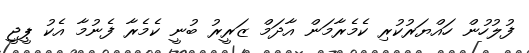
ފުލުހުން ހައްޔަރުކުރި ކެމެރާމަން އާދަމް ޒަރީރު ބުނީ ކެމެރާ ފެނުމާ އެކު ޕީޖީ